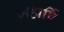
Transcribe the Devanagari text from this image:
महार्षि